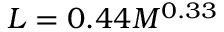
L = 0 . 4 4 M ^ { 0 . 3 3 }